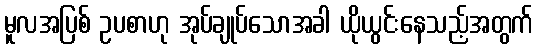
မူလအပြစ် ဥပစာဟု အုပ်ချုပ်သောအခါ ယိုယွင်းနေသည့်အတွက်